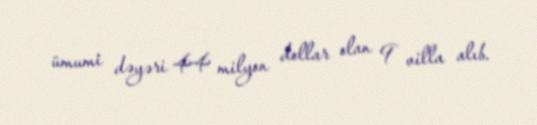
ümumi dəyəri 44 milyon dollar olan 9 villa alıb.